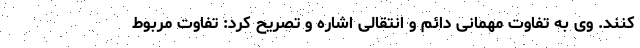
کنند. وی به تفاوت مهمانی دائم و انتقالی اشاره و تصریح کرد: تفاوت مربوط